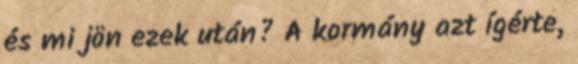
és mi jön ezek után? A kormány azt ígérte,